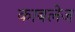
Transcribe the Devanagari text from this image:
काबलेज